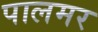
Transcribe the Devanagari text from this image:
पालमर